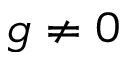
g \neq 0